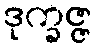
ဒုက္ခဇ္ဇ